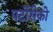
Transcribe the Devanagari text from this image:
पर्टोरीको